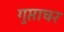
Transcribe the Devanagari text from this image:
गुप्ताचर